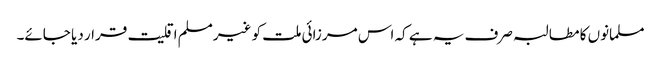
مسلمانوں کا مطالبہ صرف یہ ہے کہ اس مرزائی ملت کو غیرمسلم اقلیت قرار دیا جائے۔